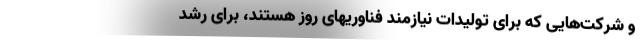
و شرکت‌هایی که برای تولیدات نیازمند فناوریهای روز هستند، برای رشد